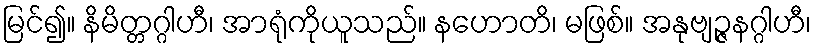
မြင်၍။ နိမိတ္တဂ္ဂါဟီ၊ အာရုံကိုယူသည်။ နဟောတိ၊ မဖြစ်။ အနုဗျဉ္ဇနဂ္ဂါဟီ၊